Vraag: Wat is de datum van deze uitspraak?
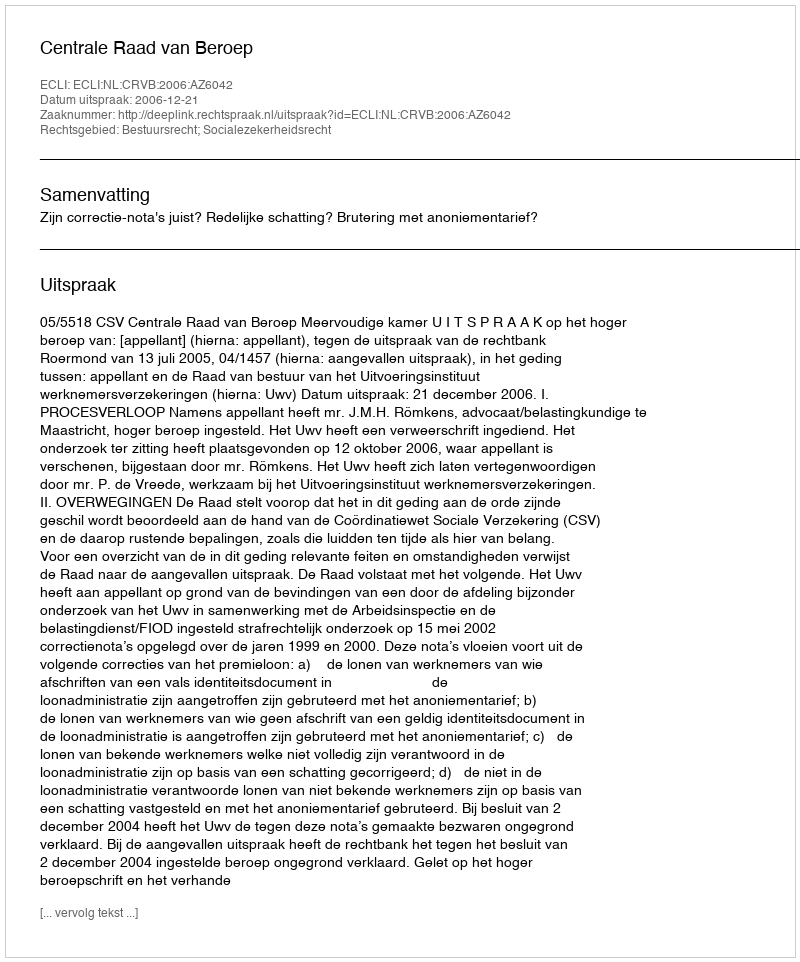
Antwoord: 2006-12-21